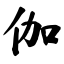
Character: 伽